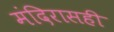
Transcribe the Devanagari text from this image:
मंदिरासही